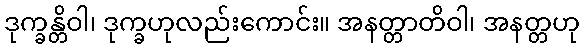
ဒုက္ခန္တိဝါ၊ ဒုက္ခဟုလည်းကောင်း။ အနတ္တာတိဝါ၊ အနတ္တဟု